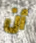
أن